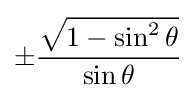
\pm {\frac {\sqrt {1-\sin ^{2}\theta }}{\sin \theta }}